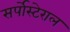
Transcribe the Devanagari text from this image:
सर्पोस्टेराल